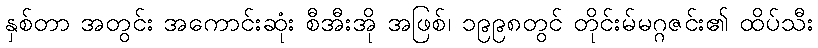
နှစ်တာ အတွင်း အကောင်းဆုံး စီအီးအို အဖြစ်၊ ၁၉၉၈တွင် တိုင်းမ်မဂ္ဂဇင်း၏ ထိပ်သီး